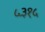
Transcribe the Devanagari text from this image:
५३१५